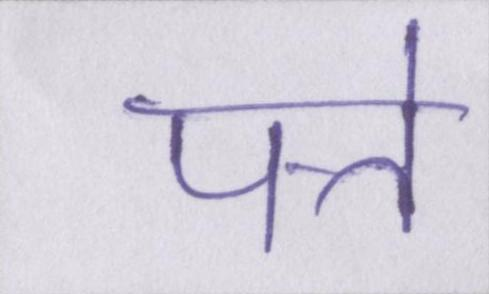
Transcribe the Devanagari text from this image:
पत्ते